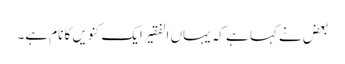
بعض نے کہا ہے کہ یہاں الفقیر ایک کنویں کا نام ہے۔